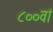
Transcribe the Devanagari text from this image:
८००वां